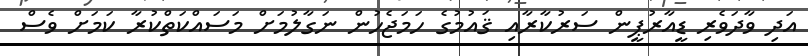
އަދި ވާދަވެރި ޑީއާރުޕީން ސަރުކާރާއި ޤައުމުގެ ހަމަޖެހުން ނަގާލުމަށް މަސައްކަތްކުރާ ކަމަށް ވެސް